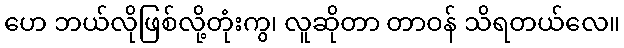
ဟေ ဘယ်လိုဖြစ်လို့တုံးကွ၊ လူဆိုတာ တာဝန် သိရတယ်လေ။